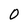
Character: 0